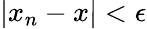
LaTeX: |x_{n}-x|<\epsilon